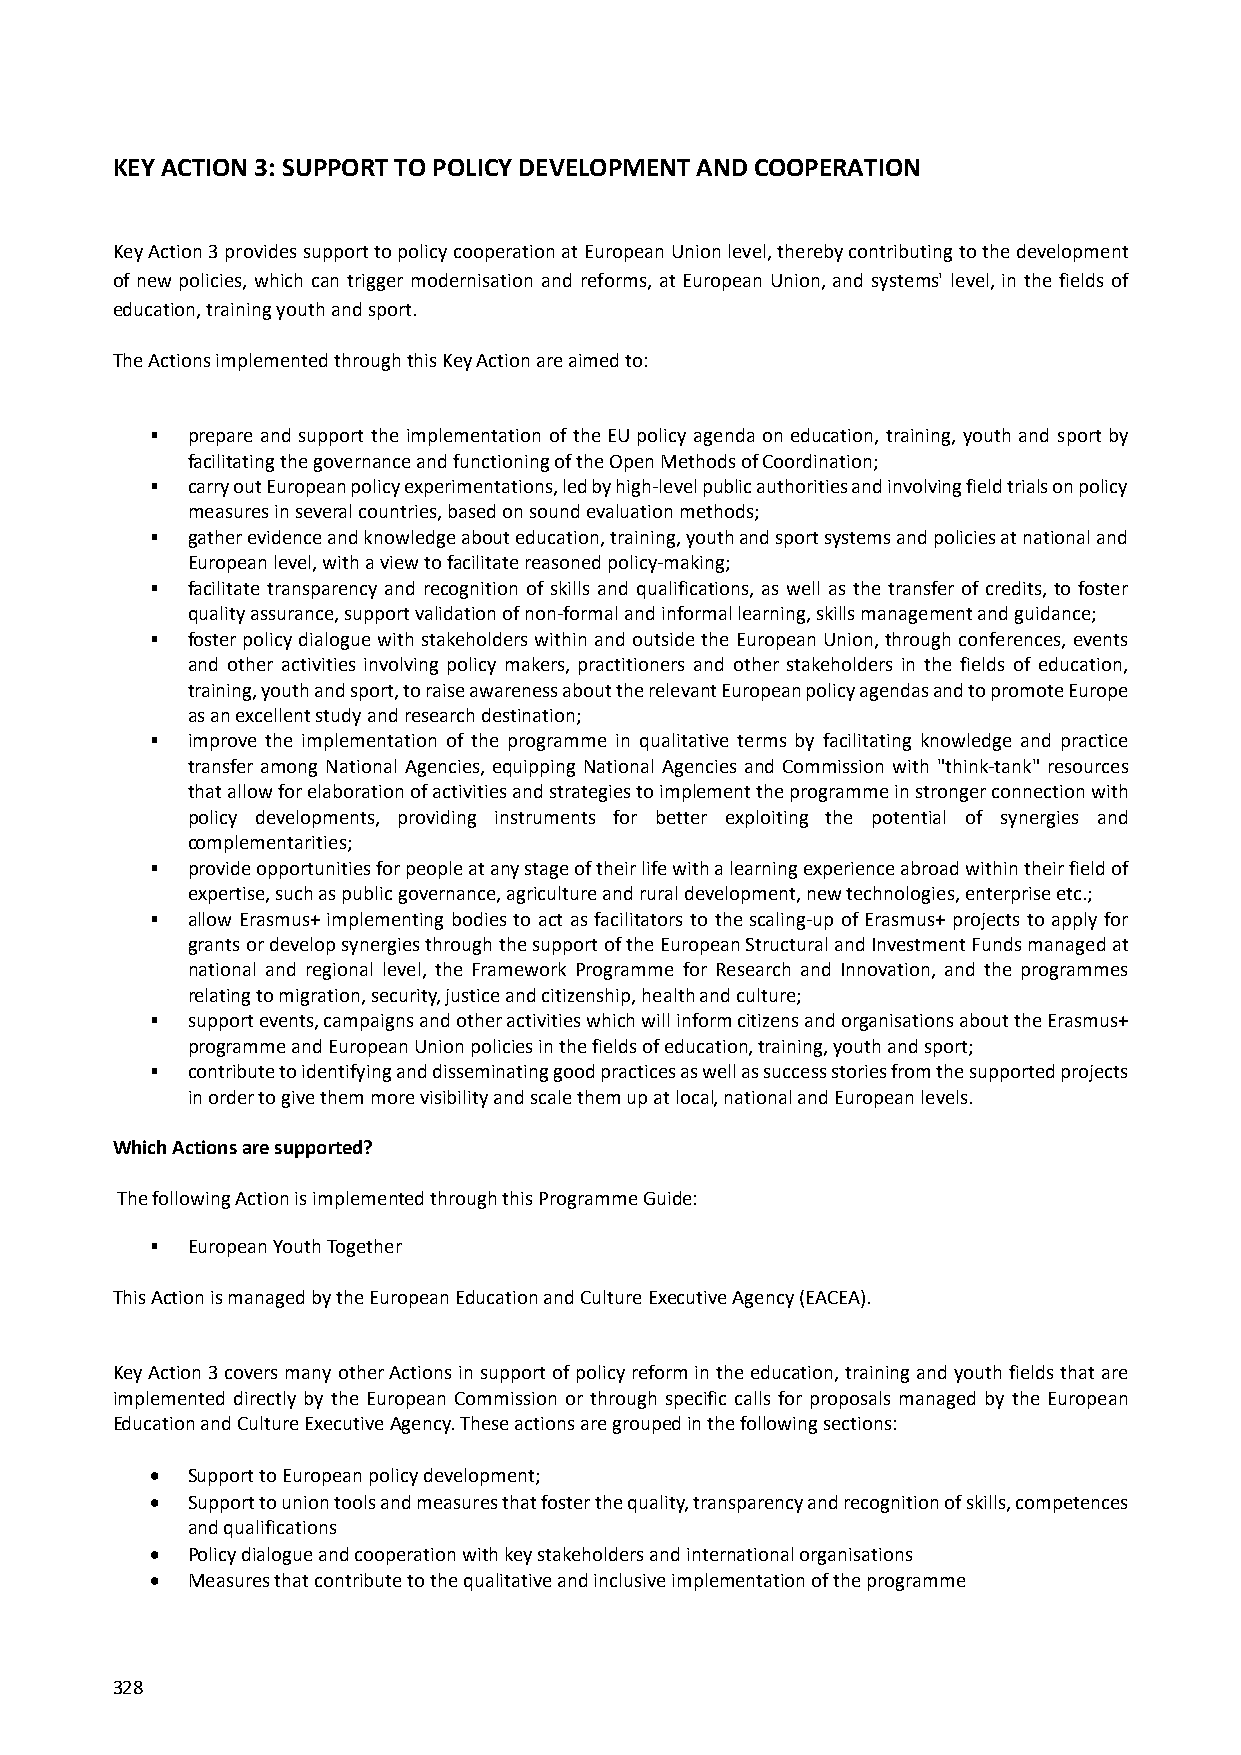
KEY ACTION 3: SUPPORT TO POLICY DEVELOPMENT AND COOPERATION
 Key Action 3 provides support to policy cooperation at European Union level, thereby contributing to the development
 of new policies, which can trigger modernisation and reforms, at European Union, and systems' level, in the fields of
 education, training youth and sport.
 The Actions implemented through this Key Action are aimed to:
  prepare and support the implementation of the EU policy agenda on education, training, youth and sport by
 facilitating the governance and functioning of the Open Methods of Coordination;
  carry out European policy experimentations, led by high‐level public authorities and involving field trials on policy
 measures in several countries, based on sound evaluation methods;
  gather evidence and knowledge about education, training, youth and sport systems and policies at national and
 European level, with a view to facilitate reasoned policy‐making;
  facilitate transparency and recognition of skills and qualifications, as well as the transfer of credits, to foster
 quality assurance, support validation of non‐formal and informal learning, skills management and guidance;
  foster policy dialogue with stakeholders within and outside the European Union, through conferences, events
 and other activities involving policy makers, practitioners and other stakeholders in the fields of education,
 training, youth and sport, to raise awareness about the relevant European policy agendas and to promote Europe
 as an excellent study and research destination;
  improve the implementation of the programme in qualitative terms by facilitating knowledge and practice
 transfer among National Agencies, equipping National Agencies and Commission with "think‐tank" resources
 that allow for elaboration of activities and strategies to implement the programme in stronger connection with
 policy developments, providing instruments for better exploiting the potential of synergies and
 complementarities;
  provide opportunities for people at any stage of their life with a learning experience abroad within their field of
 expertise, such as public governance, agriculture and rural development, new technologies, enterprise etc.;
  allow Erasmus+ implementing bodies to act as facilitators to the scaling‐up of Erasmus+ projects to apply for
 grants or develop synergies through the support of the European Structural and Investment Funds managed at
 national and regional level, the Framework Programme for Research and Innovation, and the programmes
 relating to migration, security, justice and citizenship, health and culture;
  support events, campaigns and other activities which will inform citizens and organisations about the Erasmus+
 programme and European Union policies in the fields of education, training, youth and sport;
  contribute to identifying and disseminating good practices as well as success stories from the supported projects
 in order to give them more visibility and scale them up at local, national and European levels.
 Which Actions are supported?
 The following Action is implemented through this Programme Guide:
  European Youth Together
 This Action is managed by the European Education and Culture Executive Agency (EACEA).
 Key Action 3 covers many other Actions in support of policy reform in the education, training and youth fields that are
 implemented directly by the European Commission or through specific calls for proposals managed by the European
 Education and Culture Executive Agency. These actions are grouped in the following sections:
  Support to European policy development;
  Support to union tools and measures that foster the quality, transparency and recognition of skills, competences
 and qualifications
  Policy dialogue and cooperation with key stakeholders and international organisations
  Measures that contribute to the qualitative and inclusive implementation of the programme
 328